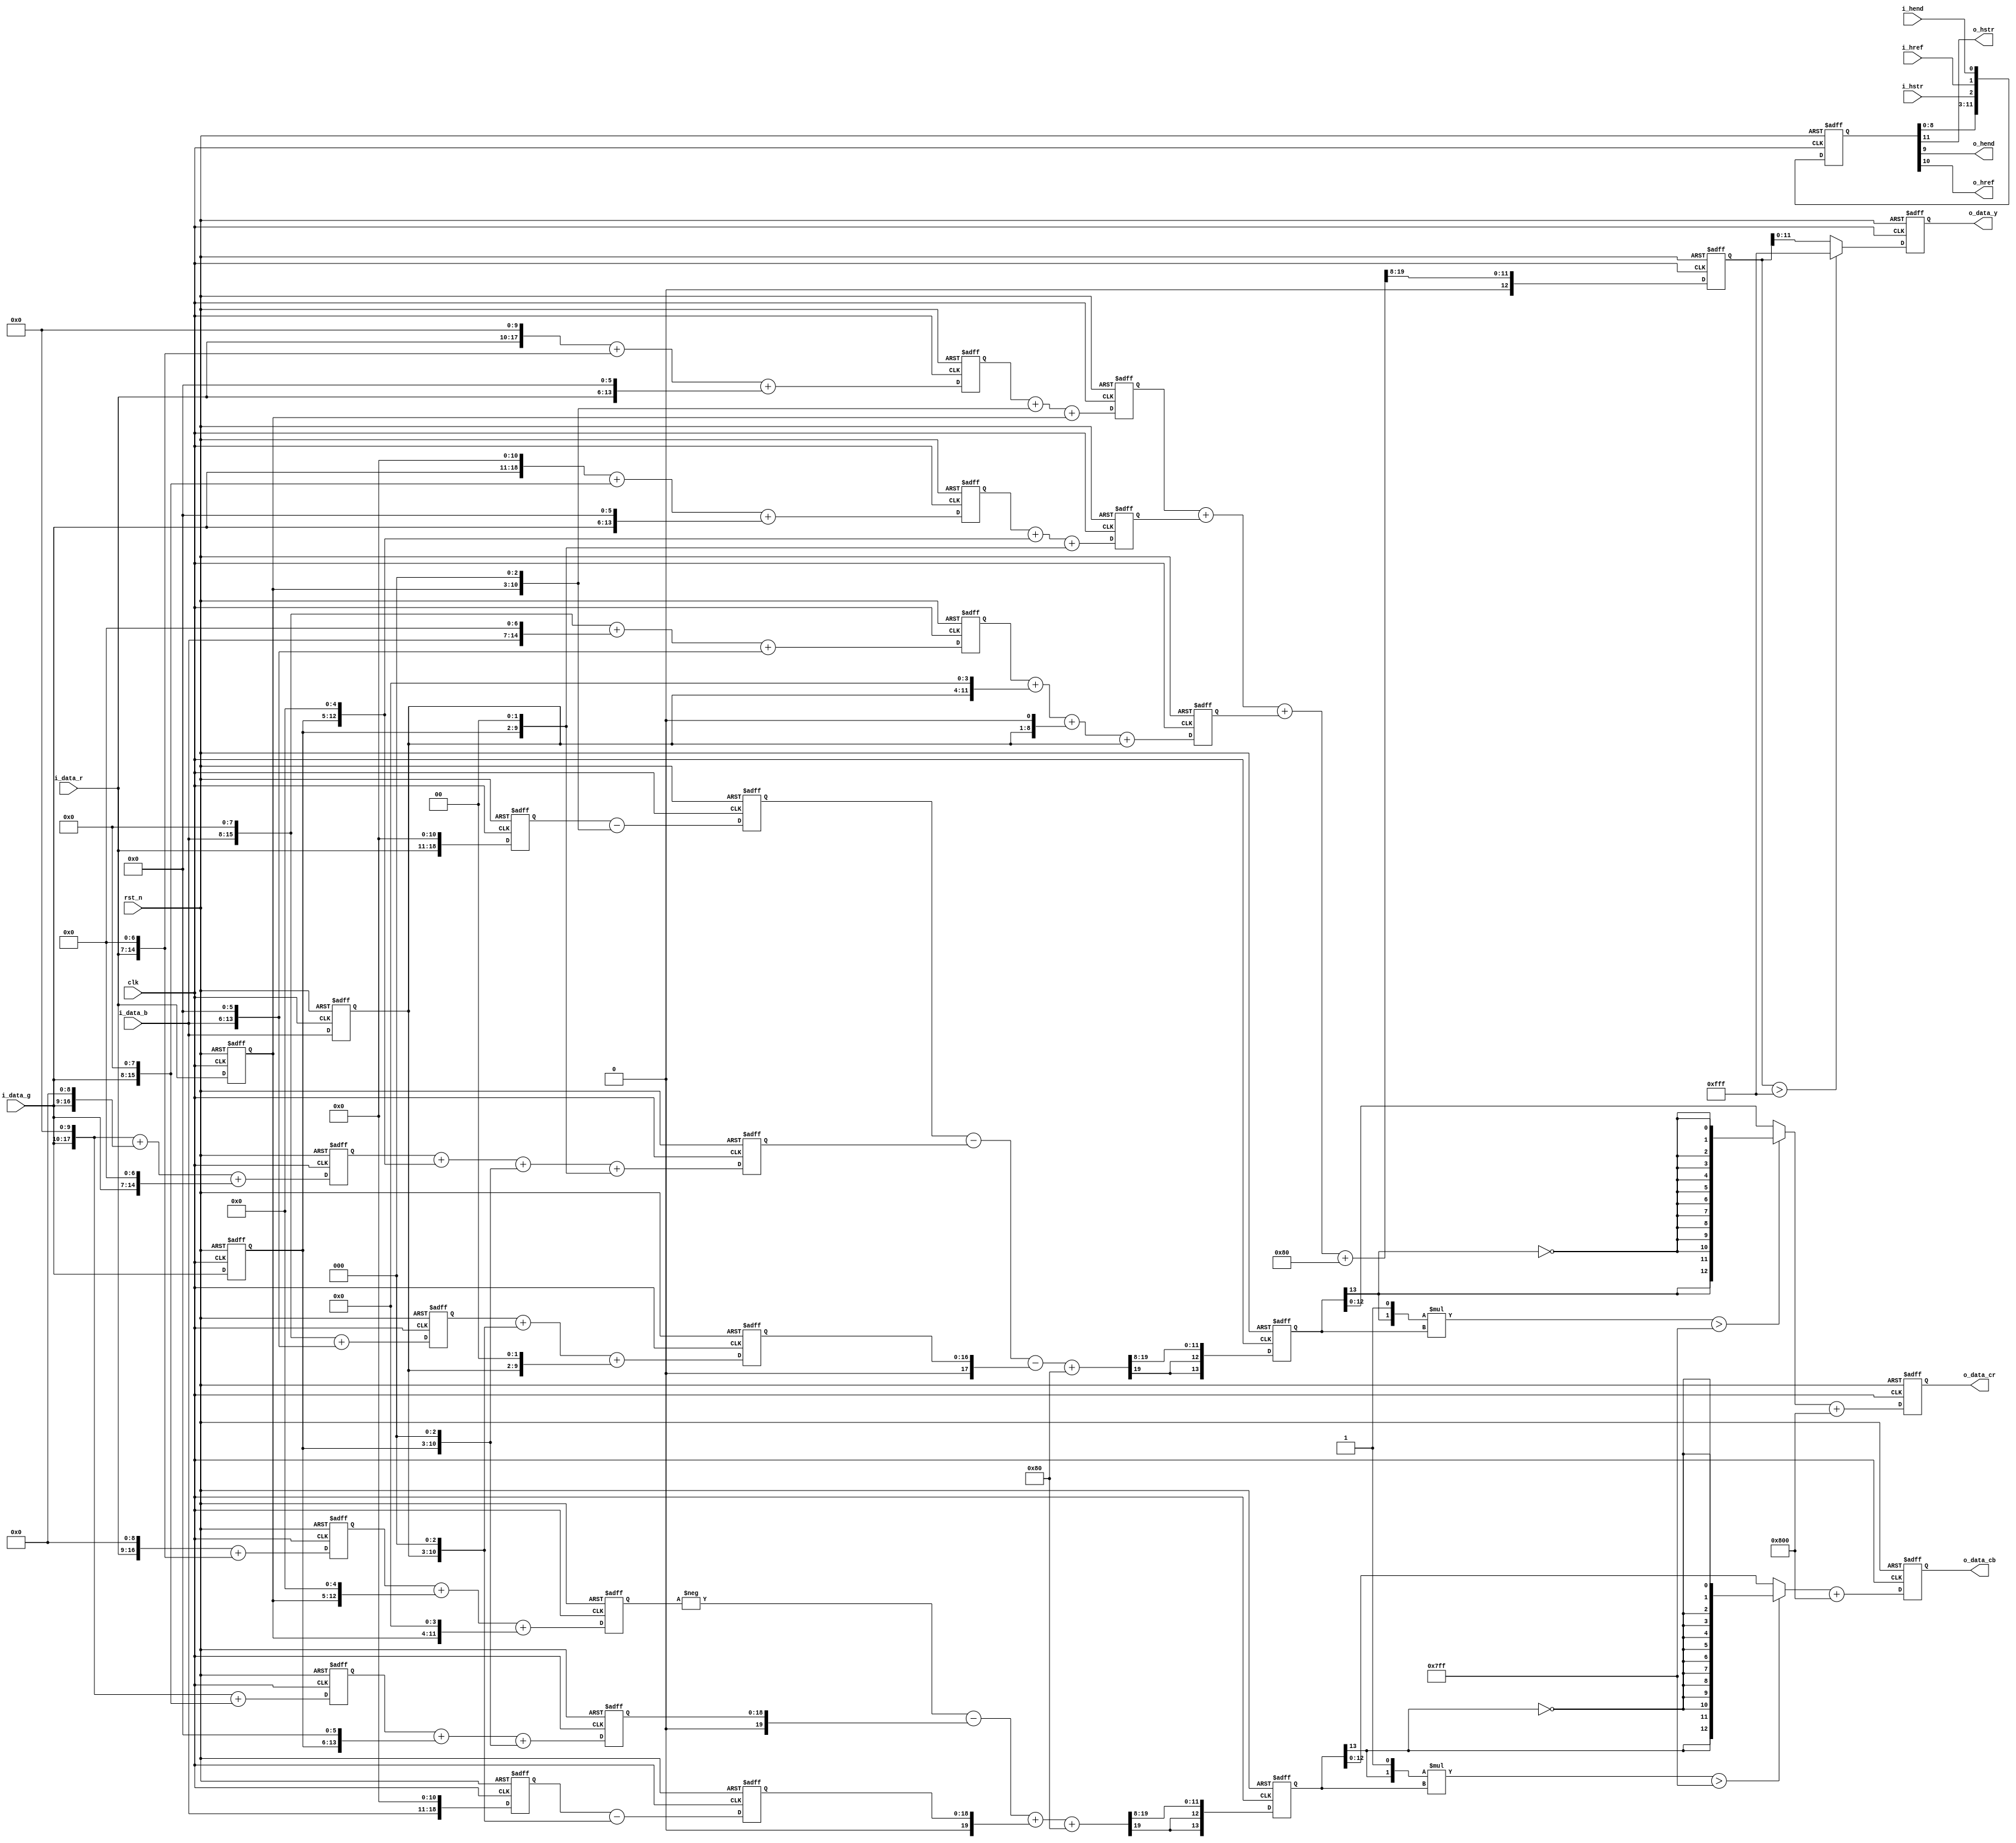
// +FHDR -----------------------------------------------------------------------
// Copyright (c) Silicon Optronics. Inc. 2022
//
//                      2.Martin Chen 
//                      3.Humphrey Lin
// Version:             1.0
//
// File Description:    RGB to YCBCR Converter
// Abbreviations:
// Parameters:          PRECISION:      S 1.12
// Data precision :     input  :          8.0
//                      outupt : Y    :   8.4
//                               CBCR : S 7.4 or 8.4
// Consuming time :     4T  
//
// -FHDR -----------------------------------------------------------------------

module ip_rgb2ycbcr
    #(
         parameter   CIIW       = 8,             //Accuracy Input Integer Width  //Accuracy can be reduced , but not improved //sign bit are include
         parameter   CIPW       = 0,             //Accuracy Input Point Width    //Accuracy can be reduced , but not improved 
         parameter   COIW       = 8,             //Accuracy Output Integer Width //Accuracy can be reduced , but not improved //sign bit are include
         parameter   COPW       = 4,             //Accuracy Output Point Width   //Accuracy can be reduced , but not improved 
         parameter   CIW        = CIIW + CIPW,
         parameter   COW        = COIW + COPW,
         parameter   YCBCR_POS  = 1              //data output range 0 : -128 ~ 127
                                                 //                  1 :   0  ~ 255 
     )
(
//----------------------------------------------//
// Output declaration                           //
//----------------------------------------------//

output reg        [COW-1:0]              o_data_y,                      
output signed     [COW:0]                o_data_cb,
output signed     [COW:0]                o_data_cr,                    
output                                   o_hstr,
output                                   o_hend,
output                                   o_href,

//----------------------------------------------//
// Input declaration                            //
//----------------------------------------------//

input             [CIW-1:0]              i_data_r,                      // input R
input             [CIW-1:0]              i_data_g,                      // input G
input             [CIW-1:0]              i_data_b,                      // input B
input                                    i_hstr,
input                                    i_hend,
input                                    i_href,
input                                    clk,
input                                    rst_n
);

//----------------------------------------------//
// Local parameter                              //
//----------------------------------------------//
localparam   [4:0]              SHIFT_BIT = (12 +CIPW -COPW);
localparam   [COW:0]            MAX_NUM   = (2**COW);

localparam   [3:0]              QUE_NUM   = 4;
localparam   [3:0]              QUE_TOL   = (QUE_NUM)*3-1;

localparam                      Y_SFT_MSB = 13 + CIW-SHIFT_BIT;
localparam                      U_SFT_MSB = 14 + CIW-SHIFT_BIT;
localparam                      V_SFT_MSB = 14 + CIW-SHIFT_BIT;

//----------------------------------------------//
// Wire declaration                             //
//----------------------------------------------//
//-------------------------------------------------------------------------------------------- color space convert  
reg          [CIW-1:0]                   i_data_r_q0;
reg          [CIW-1:0]                   i_data_g_q0;
reg          [CIW-1:0]                   i_data_b_q0;

reg          [11 + CIW -1 :0]            r_x1225_part_1;
reg          [12 + CIW -1 :0]            g_x2404_part_1;
reg          [9  + CIW -1 :0]            b_x467_part_1;
wire         [11 + CIW -1 :0]            r_x1225_part_1_nxt;
wire         [12 + CIW -1 :0]            g_x2404_part_1_nxt;
wire         [9  + CIW -1 :0]            b_x467_part_1_nxt;
reg          [11 + CIW -1 :0]            r_x1225;
reg          [12 + CIW -1 :0]            g_x2404;
reg          [9  + CIW -1 :0]            b_x467;
wire         [11 + CIW -1 :0]            r_x1225_nxt;
wire         [12 + CIW -1 :0]            g_x2404_nxt;
wire         [9  + CIW -1 :0]            b_x467_nxt;
wire         [SHIFT_BIT-1:0]             y_x4096_rnd;
reg          [Y_SFT_MSB -1 : 0]          y_x4096_sft;
wire         [Y_SFT_MSB -1 : 0]          y_x4096_sft_nxt;
wire                                     y_x4096_bdy;

reg          [10 + CIW -1 :0]            r_x688_part_1;
reg          [11 + CIW -1 :0]            g_x1352_part_1;
reg          [11 + CIW -1 :0]            b_x2040_part_1;
wire         [10 + CIW -1 :0]            r_x688_part_1_nxt;
wire         [11 + CIW -1 :0]            g_x1352_part_1_nxt;
wire         [11 + CIW -1 :0]            b_x2040_part_1_nxt;
reg          [10 + CIW -1 :0]            r_x688;
reg          [11 + CIW -1 :0]            g_x1352;
reg          [11 + CIW -1 :0]            b_x2040;
wire         [10 + CIW -1 :0]            r_x688_nxt;
wire         [11 + CIW -1 :0]            g_x1352_nxt;
wire         [11 + CIW -1 :0]            b_x2040_nxt;
wire signed  [11 + CIW -1 :0]            r_x688_sgn;
wire signed  [12 + CIW -1 :0]            g_x1352_sgn;
wire signed  [12 + CIW -1 :0]            b_x2040_sgn;
wire signed  [SHIFT_BIT:0]               cb_x4096_rnd_sgn;
reg  signed  [U_SFT_MSB -1 : 0]          cb_x4096_sft_sgn;
wire signed  [U_SFT_MSB -1 : 0]          cb_x4096_sft_sgn_nxt;
wire                                     cb_x4096_bdy;

reg          [11 + CIW -1 :0]            r_x2040_part_1;
reg          [11 + CIW -1 :0]            g_x1708_part_1;
reg          [9  + CIW -1 :0]            b_x332_part_1;
wire         [11 + CIW -1 :0]            r_x2040_part_1_nxt;
wire         [11 + CIW -1 :0]            g_x1708_part_1_nxt;
wire         [9  + CIW -1 :0]            b_x332_part_1_nxt;
reg          [11 + CIW -1 :0]            r_x2040;
reg          [11 + CIW -1 :0]            g_x1708;
reg          [9  + CIW -1 :0]            b_x332;
wire         [11 + CIW -1 :0]            r_x2040_nxt;
wire         [11 + CIW -1 :0]            g_x1708_nxt;
wire         [9  + CIW -1 :0]            b_x332_nxt;
wire signed  [12 + CIW -1 :0]            r_x2040_sgn;
wire signed  [12 + CIW -1 :0]            g_x1708_sgn;
wire signed  [10 + CIW -1 :0]            b_x332_sgn;
wire signed  [SHIFT_BIT:0]               cr_x4096_rnd_sgn;
reg  signed  [V_SFT_MSB -1 : 0]          cr_x4096_sft_sgn;
wire signed  [V_SFT_MSB -1 : 0]          cr_x4096_sft_sgn_nxt;
wire                                     cr_x4096_bdy;

//-------------------------------------------------------------------------------------------- output
reg          [QUE_TOL:0]                 out_que;
wire         [QUE_TOL:0]                 out_que_nxt;

wire         [COW-1 :0]                  o_data_y_nxt;  
wire signed  [COW:0]                     data_cb_sgn_nxt;
wire signed  [COW:0]                     data_cr_sgn_nxt;
reg  signed  [COW:0]                     data_cb_sgn;   
reg  signed  [COW:0]                     data_cr_sgn;

//----------------------------------------------//
// Code Descriptions                            //
//----------------------------------------------//
//-------------------------------------------------------------------------------------------- color space convert  

// 12 bit precision 
// Y = 0.299072265625*R' + 0.5869140625*G' + 0.114013671875*B'
// Y = (1225/4096)*R + (2404/4096)*G + (467/4096)*B


assign  r_x1225_part_1_nxt    = (i_data_r <<10) + (i_data_r <<7)    + (i_data_r <<6);
assign  g_x2404_part_1_nxt    = (i_data_g <<11) + (i_data_g <<8)    + (i_data_g <<6);
assign  b_x467_part_1_nxt     = (i_data_b <<8)  + (i_data_b <<7)    + (i_data_b <<6);

assign  r_x1225_nxt           = r_x1225_part_1  + (i_data_r_q0 <<3) +  i_data_r_q0; 
assign  g_x2404_nxt           = g_x2404_part_1  + (i_data_g_q0 <<5) + (i_data_g_q0 <<2);
assign  b_x467_nxt            = b_x467_part_1   + (i_data_b_q0 <<4) + (i_data_b_q0 <<1) + i_data_b_q0; 

assign  y_x4096_rnd           = {1'b1,{(SHIFT_BIT -1){1'b0}}};
assign  y_x4096_sft_nxt       = (r_x1225 + g_x2404 + b_x467 + y_x4096_rnd) >> SHIFT_BIT; 
assign  y_x4096_bdy           = y_x4096_sft > {COW{1'b1}};                                            //boundary 
assign  o_data_y_nxt          = (y_x4096_bdy ? {COW{1'b1}} : y_x4096_sft[COW-1:0]);                   //0~255 //maybe overflow 

// Y = -0.16796875*R' + -0.330078125*G' + 0.498046875*B'
// Y = (-688/4096)*R + (-1352/4096)*G + (2040/4096)*B


assign  r_x688_part_1_nxt     = (i_data_r <<9)  + (i_data_r <<7);
assign  g_x1352_part_1_nxt    = (i_data_g <<10) + (i_data_g <<8);
assign  b_x2040_part_1_nxt    = (i_data_b <<11) ;

assign  r_x688_nxt            = r_x688_part_1   + (i_data_r_q0 <<5) + (i_data_r_q0 <<4);
assign  g_x1352_nxt           = g_x1352_part_1  + (i_data_g_q0 <<6) + (i_data_g_q0 <<3);
assign  b_x2040_nxt           = b_x2040_part_1  - (i_data_b_q0 <<3);

assign  r_x688_sgn            = $signed({1'b0,r_x688});
assign  g_x1352_sgn           = $signed({1'b0,g_x1352});
assign  b_x2040_sgn           = $signed({1'b0,b_x2040});
assign  cb_x4096_rnd_sgn      = $signed({1'b0,1'b1,{(SHIFT_BIT -1){1'b0}}});

assign  cb_x4096_sft_sgn_nxt  = $signed(-r_x688_sgn - g_x1352_sgn + b_x2040_sgn + cb_x4096_rnd_sgn) >>> SHIFT_BIT;
assign  cb_x4096_bdy          = $signed({cb_x4096_sft_sgn[U_SFT_MSB-1],1'b1})* cb_x4096_sft_sgn > $signed({1'b0,{(COW-1){1'b1}}});         //boundary 
assign  data_cb_sgn_nxt       = (cb_x4096_bdy ? $signed({{2{cb_x4096_sft_sgn[U_SFT_MSB-1]}},{COW-1{!cb_x4096_sft_sgn[U_SFT_MSB-1]}}}) : cb_x4096_sft_sgn ) + 
                                $signed({1'b0,YCBCR_POS,{COIW-1{1'b0}},{COPW{1'b0}}});
assign  o_data_cb             = data_cb_sgn;                                                                                               //-128~127 or //0~255 
                                                                                                                                           //maybe overflow or underflow 

// Y = 0.498046875*R' + -0.4169921875*G' + -0.0810546875*B'
// Y = (2040/4096)*R + (-1708/4096)*G + (-332/4096)*B

assign  r_x2040_part_1_nxt    = (i_data_r <<11);
assign  g_x1708_part_1_nxt    = (i_data_g <<10) + (i_data_g <<9)    + (i_data_g <<7);
assign  b_x332_part_1_nxt     = (i_data_b <<8)  + (i_data_b <<6) ;

assign  r_x2040_nxt           = r_x2040_part_1  - (i_data_r_q0 <<3);
assign  g_x1708_nxt           = g_x1708_part_1  + (i_data_g_q0 <<5) + (i_data_g_q0 <<3) + (i_data_g_q0 <<2);
assign  b_x332_nxt            = b_x332_part_1   + (i_data_b_q0 <<3) + (i_data_b_q0 <<2);

assign  r_x2040_sgn           = $signed({1'b0,r_x2040});
assign  g_x1708_sgn           = $signed({1'b0,g_x1708});
assign  b_x332_sgn            = $signed({1'b0,b_x332});
assign  cr_x4096_rnd_sgn      = $signed({1'b0,1'b1,{(SHIFT_BIT -1){1'b0}}});

assign  cr_x4096_sft_sgn_nxt  = $signed(r_x2040_sgn - g_x1708_sgn - b_x332_sgn + cr_x4096_rnd_sgn) >>> SHIFT_BIT;
assign  cr_x4096_bdy          = $signed({cr_x4096_sft_sgn[V_SFT_MSB-1],1'b1})* cr_x4096_sft_sgn > $signed({1'b0,{(COW-1){1'b1}}});         //boundary 
assign  data_cr_sgn_nxt       = (cr_x4096_bdy ? $signed({{2{cr_x4096_sft_sgn[V_SFT_MSB-1]}},{COW-1{!cr_x4096_sft_sgn[V_SFT_MSB-1]}}}) : cr_x4096_sft_sgn ) + 
                                $signed({1'b0,YCBCR_POS,{COIW-1{1'b0}},{COPW{1'b0}}});
assign  o_data_cr             = data_cr_sgn;                                                                                               //-128~127 or //0~255 
                                                                                                                                           //maybe overflow or underflow 

//-------------------------------------------------------------------------------------------- output
assign  out_que_nxt           = {out_que[QUE_TOL:0] , i_hstr,i_href,i_hend};
assign  o_hstr                = out_que[QUE_TOL];
assign  o_href                = out_que[QUE_TOL-1];
assign  o_hend                = out_que[QUE_TOL-2];

always@(posedge clk or negedge rst_n)begin
    if (!rst_n) begin
//-------------------------------------------------------------------------------------------- color space convert 
        i_data_r_q0      <= 0;
        i_data_g_q0      <= 0;
        i_data_b_q0      <= 0;
        
        r_x1225_part_1   <= 0;
        g_x2404_part_1   <= 0;
        b_x467_part_1    <= 0;
        r_x1225          <= 0;
        g_x2404          <= 0;
        b_x467           <= 0;
        r_x688_part_1    <= 0;
        g_x1352_part_1   <= 0;
        b_x2040_part_1   <= 0;
        r_x688           <= 0;
        g_x1352          <= 0;
        b_x2040          <= 0;
        r_x2040_part_1   <= 0;
        g_x1708_part_1   <= 0;
        b_x332_part_1    <= 0;
        r_x2040          <= 0;
        g_x1708          <= 0;
        b_x332           <= 0;
        
        y_x4096_sft      <= 0;
        cb_x4096_sft_sgn <= 0;
        cr_x4096_sft_sgn <= 0;
        
//-------------------------------------------------------------------------------------------- output 
        out_que          <= 0;
        o_data_y         <= 0;
        data_cb_sgn      <= 0;
        data_cr_sgn      <= 0;
        
    end
    else begin
//-------------------------------------------------------------------------------------------- color space convert 
        i_data_r_q0      <= i_data_r ;
        i_data_g_q0      <= i_data_g ;
        i_data_b_q0      <= i_data_b ;
        
        r_x1225_part_1   <= r_x1225_part_1_nxt;
        g_x2404_part_1   <= g_x2404_part_1_nxt;
        b_x467_part_1    <= b_x467_part_1_nxt ;
        r_x1225          <= r_x1225_nxt;
        g_x2404          <= g_x2404_nxt;
        b_x467           <= b_x467_nxt ;
        r_x688_part_1    <= r_x688_part_1_nxt ;
        g_x1352_part_1   <= g_x1352_part_1_nxt;
        b_x2040_part_1   <= b_x2040_part_1_nxt;
        r_x688           <= r_x688_nxt ;
        g_x1352          <= g_x1352_nxt;
        b_x2040          <= b_x2040_nxt;
        r_x2040_part_1   <= r_x2040_part_1_nxt;
        g_x1708_part_1   <= g_x1708_part_1_nxt;
        b_x332_part_1    <= b_x332_part_1_nxt ;
        r_x2040          <= r_x2040_nxt;
        g_x1708          <= g_x1708_nxt;
        b_x332           <= b_x332_nxt ;

        y_x4096_sft      <= y_x4096_sft_nxt;
        cb_x4096_sft_sgn <= cb_x4096_sft_sgn_nxt;
        cr_x4096_sft_sgn <= cr_x4096_sft_sgn_nxt;
        
//-------------------------------------------------------------------------------------------- output
        out_que          <= out_que_nxt;
        o_data_y         <= o_data_y_nxt;
        data_cb_sgn      <= data_cb_sgn_nxt;
        data_cr_sgn      <= data_cr_sgn_nxt;
        
    end
end




endmodule